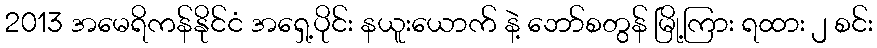
2013 အမေရိကန်နိုင်ငံ အရှေ့ပိုင်း နယူးယောက် နဲ့ ဘော်စတွန် မြို့ကြား ရထား ၂ စင်း